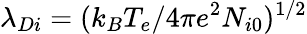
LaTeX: \lambda_{Di}=(k_{B}T_{e}/4\pi e^{2}N_{i0})^{1/2}